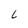
Character: L